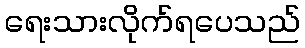
ရေးသားလိုက်ရပေသည်